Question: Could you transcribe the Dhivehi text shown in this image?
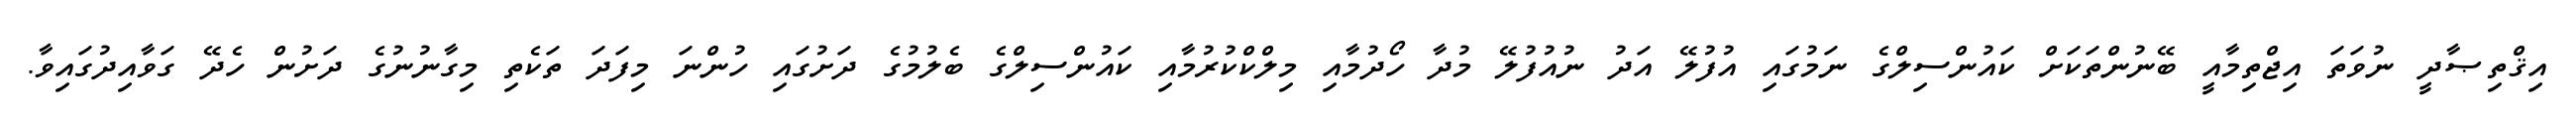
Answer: އިޤްތިޞާދީ ނުވަތަ އިޖްތިމާއީ ބޭނުންތަކަށް ކައުންސިލްގެ ނަމުގައި އުފުލޭ އަދު ނުއުފުލޭ މުދާ ހޯދުމާއި މިލްކްކުރުމާއި ކައުންސިލްގެ ބެލުމުގެ ދަށުގައި ހުންނަ މިފަދަ ތަކެތި މިގާނުނުގެ ދަށުން ހެދޭ ގަވާއިދުގައިވާ.